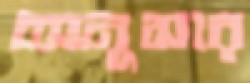
অনুসার